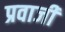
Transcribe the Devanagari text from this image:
प्रवाजी